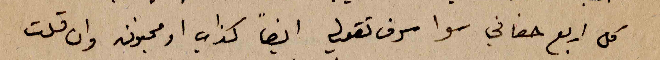
كل اربع حفافي سوا سوف تقولي ايضا كذاب او مجنون وان قلت